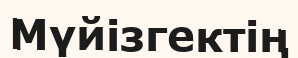
Мүйізгектің